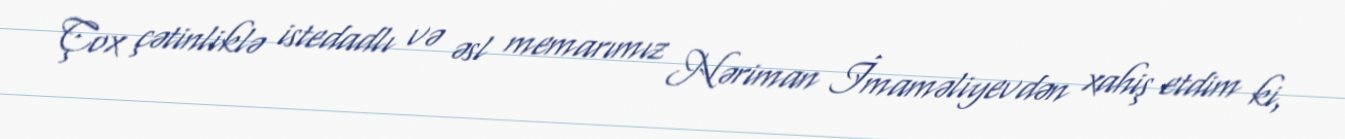
Çox çətinliklə istedadlı və əsl memarımız Nəriman İmaməliyevdən xahiş etdim ki,